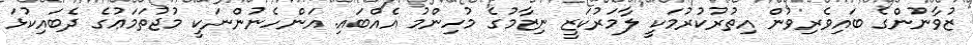
ޒުވާނުންގެ ބައިވެރިވުން އިތުރުކުރުމަކީ ލާމަރުކަޒީ ނިޒާމުގެ މުހިންމު އެއްބައި. އަންހެނުންނަކީ މުޖުތަމަޢުގެ ދެބައިކުޅަ